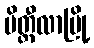
မိတ္ထီလာမြို့